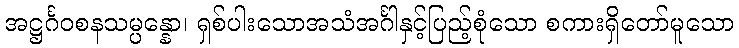
အဋ္ဌင်္ဂဝစနသမ္ပန္နော၊ ရှစ်ပါးသောအသံအင်္ဂါနှင့်ပြည့်စုံသော စကားရှိတော်မူသော